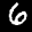
Label: 6